Indian Medical Review
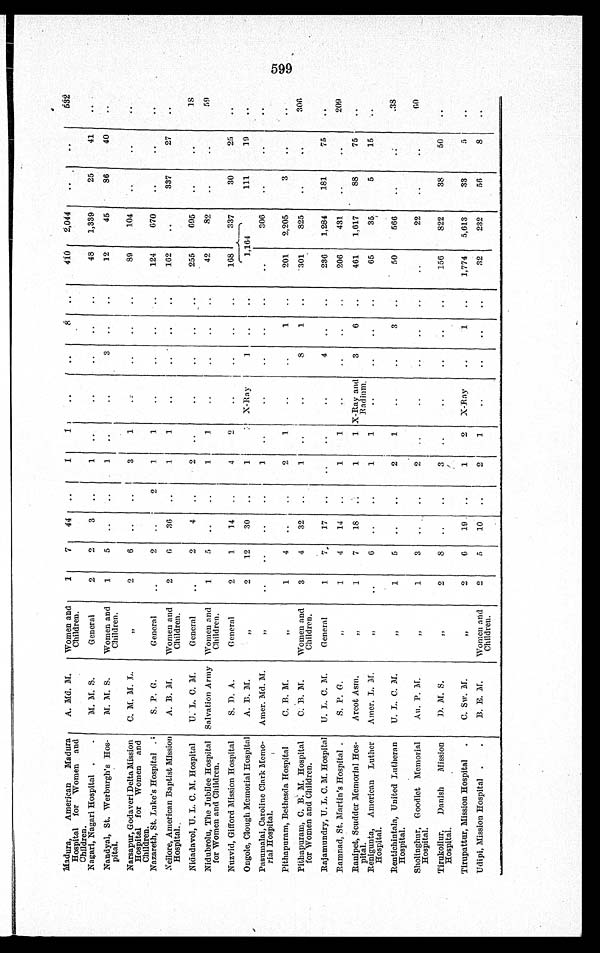
Madura, American Madura
Hospital for Women and A. Md. M. Women and
Children.
1 7 44
1
1
8
410 2,044
632
Children.
Nagari, Nagari Hospital
M. M. S.
General
2
2
3
1
48 1,339
25
41
Nandyal, St. Werburgh's Hos-
pital.
M. M. S. Women and
Children.
1 5
1
3
12
45
86
40
Narsapur, Godaveri Delta Mission
Hospital for Women and
Children.
C. M. M. L.
,,
2
6
3
1
89
104
Nazareth, St. Luke's Hospital
S. P. G.
General
2
2
1
1
124 670
Nellore, American Baptist Mission
Hospital
A. B. M.
Women and
Children.
2
6 36
1
1
162
337
27
Nidadavol, U. L. C. M. Hospital U. L. C. M.
General
2 4
2
255 695
1 8
Nidubrolu, The Jubilee Hospital
for Women and Children.
Salvation Army Women and
Children.
1
5
1
1
42
82
59
Nuzvid, Gifford Mission Hospital
S. D. A.
General
2
1 14
4
2
168 3 3 7
30
25
Ongole, Clough Memorial Hospital A. B. M.
„
2 12 30
1
X-Ray
1
1,164
111
19
Pasumalai, Caroline Clark Memo-
rial Hospital.
Amer. Md. M.
„
1
306
Pithapuram, Bethesda Hospital
C. B. M.
„
1
4
2
1
1
201 2,205
3
Pithapuram, C. B. M. Hospital
for Women and Children.
C. B. M. Women and
Children.
3
4 32
1
8 1
301
825
306
Rajamundry, U. L. C. M. Hospital U. L. C. M.
General
1
7 17
4
236 1,284
181
75
Ramnad, St. Martin's Hospital
S. P. G.
„
1
4 14
1
1
206
431
209
Ranipet, Scudder Memorial Hos-
pital.
Arcot Asm.
„
1
7 18
1
1 X-Ray and
Radium. 3
6
461 1,617
88
75
Renigunta, American Luther
Hospital.
Amer. L. M.
„
6
1
1
65
35
5
15
Renti chi ntal a, Uni ted Lutheran
Hospital.
U. L. C. M.
„
1
5
2 1
3
50
566
38
Sholinghur, Goodlet Memorial
Hospital.
Au. P. M.
„
1
3
2
22
60
Tirukoilur, Danish Mission
Hospital.
D. M. S.
„
2
8
3
156
822
38
50
Tirupattur, Mission Hospital
C. Sw. M.
„
2
6
1 9
1
2 X-Ray
1
1,774 5,613
33
5
Udipi, Mission Hospital
B. E. M. Women and
Children.
2
5 10
2
1
32
232
56
8
599